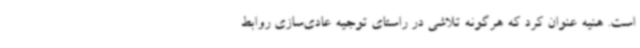
است. هنیه عنوان کرد که هرگونه تلاشی در راستای توجیه عادی‌سازی روابط